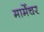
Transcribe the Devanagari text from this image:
मार्मेचर